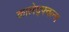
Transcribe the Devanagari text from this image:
कालेद्फ्वल्च